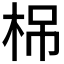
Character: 𣑐